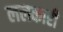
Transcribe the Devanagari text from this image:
ललकारी